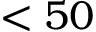
< 5 0